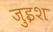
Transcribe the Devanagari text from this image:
जुइश